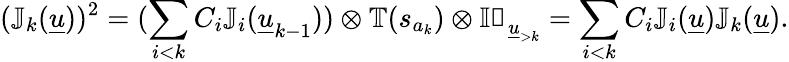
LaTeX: (\mathbb{J}_{k}(\underline{{u}}))^{2}=(\sum_{i<k}C_{i}\mathbb{J}_{i}(\underline{{u}}_{k-1}))\otimes\mathbb{T}(s_{a_{k}})\otimes\mathbb{Id}_{\underline{{u}}_{>k}}=\sum_{i<k}C_{i}\mathbb{J}_{i}(\underline{{u}})\mathbb{J}_{k}(\underline{{u}}).